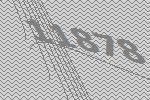
11878